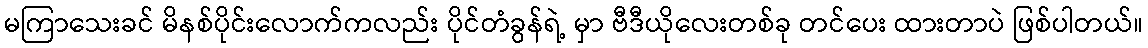
မကြာသေးခင် မိနစ်ပိုင်းလောက်ကလည်း ပိုင်တံခွန်ရဲ့ မှာ ဗီဒီယိုလေးတစ်ခု တင်ပေး ထားတာပဲ ဖြစ်ပါတယ်။